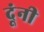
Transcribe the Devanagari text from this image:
दूंनी